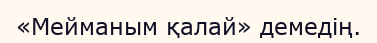
«Мейманым қалай» демедің.